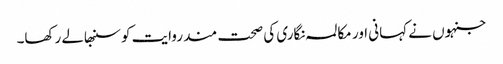
جنہوں نے کہانی اور مکالمہ نگاری کی صحت مند روایت کو سنبھالے رکھا۔